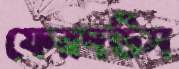
ফেরদউস